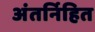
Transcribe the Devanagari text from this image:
अंतर्निहित